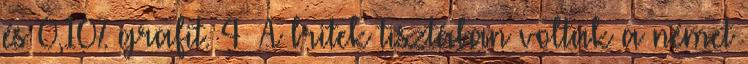
és 0,10% grafit. 4 A britek tisztában voltak a német